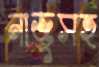
নাজুসহ